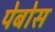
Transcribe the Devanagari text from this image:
पेबोस